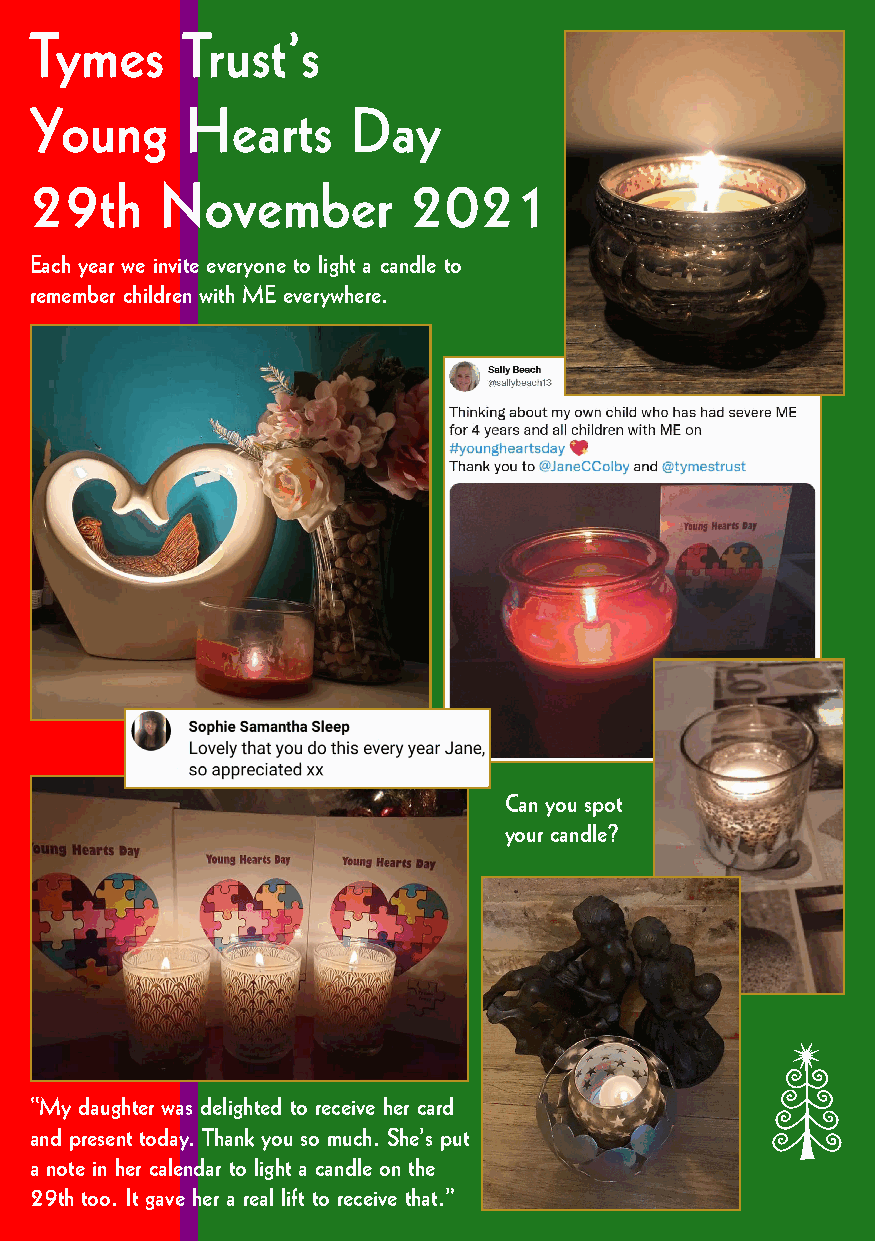
Tymes     Trust’s
 Young     Hearts     Day
 29th     November        2021
 Each year we invite everyone to light a candle to
 remember children with ME everywhere.
 Can you spot
 your candle?
 C
 “My daughter was delighted to receive her card
 and present today. Thank you so much. She’s put
 a note in her calendar to light a candle on the
 29th too. It gave her a real lift to receive that.”